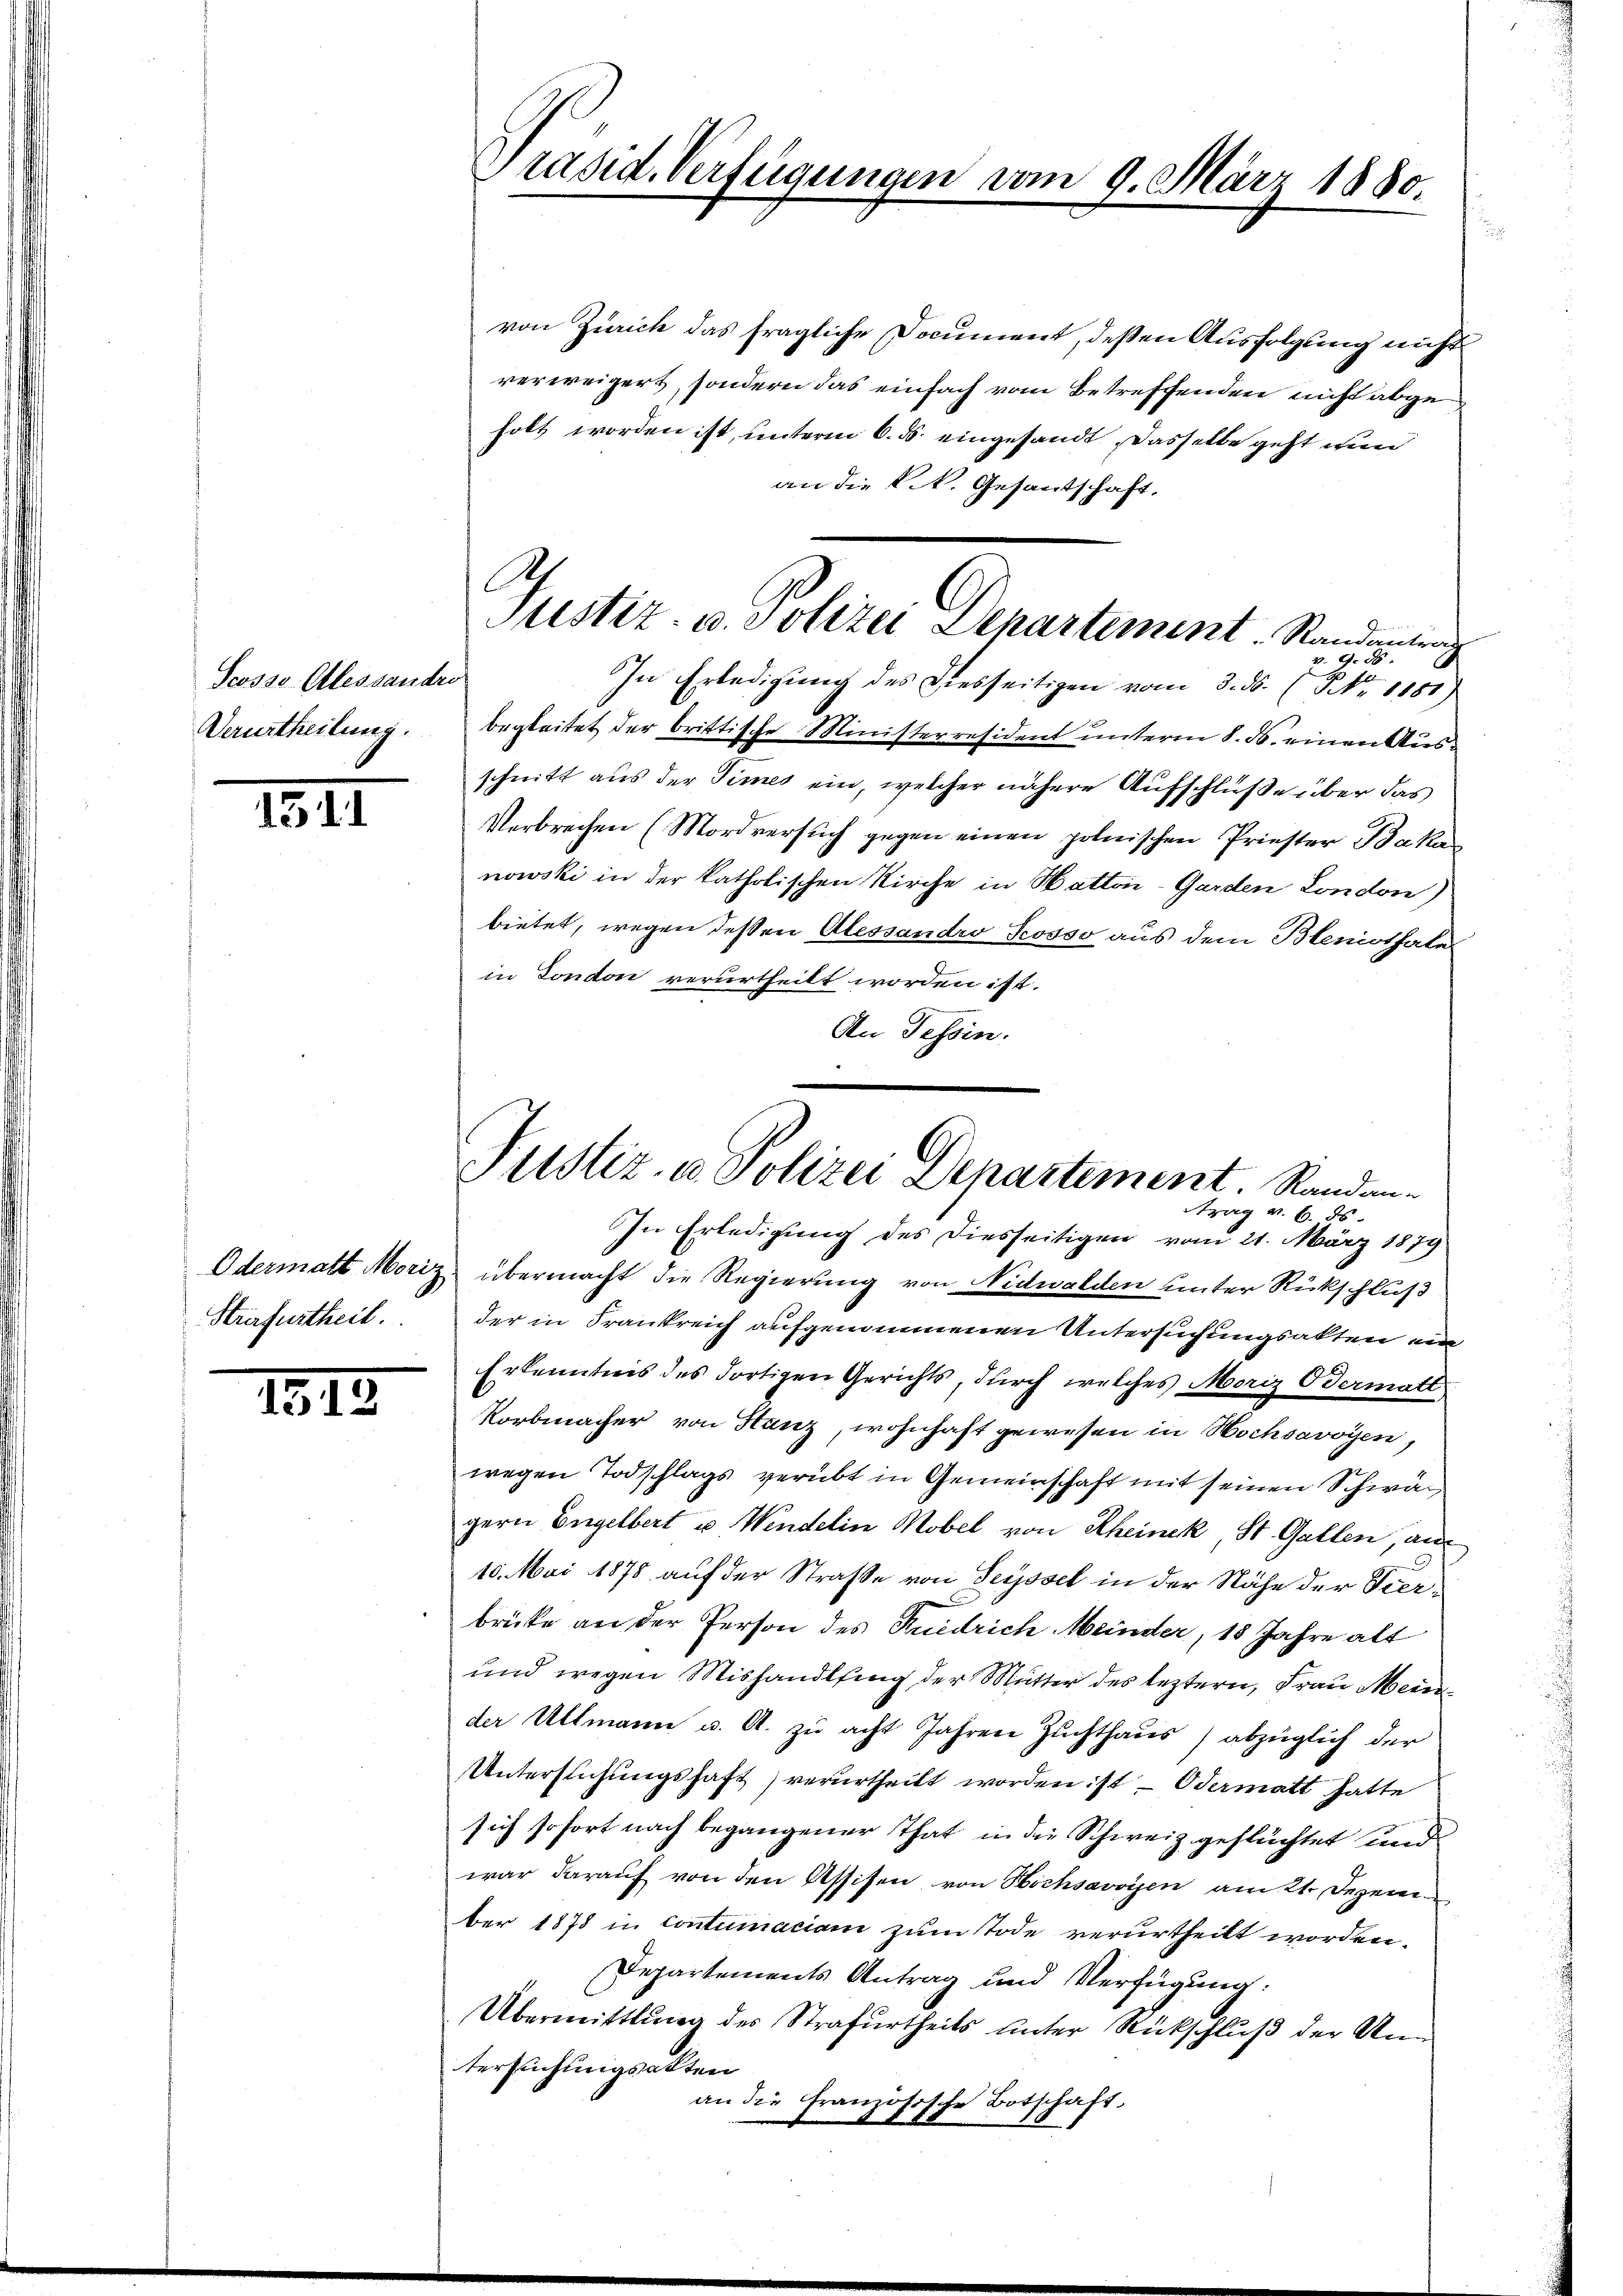
Scosso-Alessandre
Verurtheilung.

III

Strafurtheil.

1845.

Präsid. Verfügungen vom 9. März 1880.

von Zürich das fragliche Document, deßen Ausfolgung nicht
verweigers, sondern das einfach vom Betreffenden nicht abge
holt worden ist, unterm 6. ds. eingesandt, dasselbe geht nun
an die k.k. Gesantschaft,
In Erledigung des Diesseitigen vom 3. ds. (NNo. 1181)
begleitet der brittische Ministerresident unterm 8. ds. einen Ausschnitt aus der Times ein, welcher nähere Aufschlüße über das
Verbrechen (Mordversuch gegen einen polnischen Priester Baka
nowski in der katholischen Kirche in Mattair-Garden London)
bietet, wegen dessen Alessandro Seosso aus dem Bleniothales
in London verurtheilt worden ist.
An Tessin.
Odermatt Moriz übermacht die Regierung von Nidwalden unter Rückschluß
der in Frankreich aufgenommenen Untersuchungsakten ein
Erkenntnis des dortigen Gerichts, durch welches Moriz Odermatt
Korbmacher von Hanz, wohnhaft gewesen in Hochsavoyen,
wegen Todschlags verübt in Gemeinschaft mit seinen Schwagern Engelbert u. Wendelin Mobel von Rheinek St. Gallen, an
10. Mai 1878 auf der Straße von Seyssel in der Nähe der Vierbrücke an der Person des Riedrich Meinder, 18 Jahre alt
und wegen Mishandlsing der Mutter des leztern, Frau Mein
der Ullmann u. A. zu acht Jahren Zuchthaus) abzüglich der
Untersuchungshaft) verurtheilt worden ist — Odermatt hatte
sich sofort nach begangener That in die Schweiz geflüchtet und
war darauf von den Assisen, von Hochsavoyen am 21. Dezember 1878 in Contumaciam zum Tode verurtheilt worden.
Departements Antrag und Verfügung:
Übermittlung des Strafurtheils unter Rückschluß der Untersuchungsakten
an die Französische Botschaft.

.
Justiz- u. Polizei Departement. Randantrag
.G. 15

Justiz- u. Polizei Departement. Standen-
trag v. 6. ds.
In Erledigung des Diesseitigen vom 21. März 1879